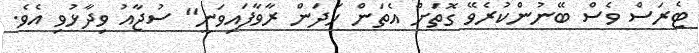
ޓެރަސް ވެސް ބޭނުންކުރެވޭ ގޮތަށް އެތަން ހަދަން ރާވާފައިވަނީ" ސުޖާއު ވިދާޅުވި އެވެ.